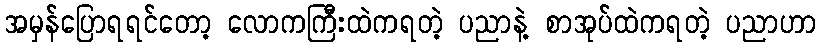
အမှန်ပြောရရင်တော့ လောကကြီးထဲကရတဲ့ ပညာနဲ့ စာအုပ်ထဲကရတဲ့ ပညာဟာ